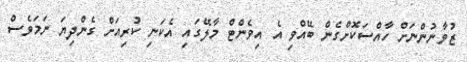
ޒުވާނުންނަށް ހާއްސަކޮށްގެން ބޭއްވި އެ އިވެންޓް މާލޭގައި އެކަނި ކުރިއަށް ގެންދިޔަ ނަމަވެސް